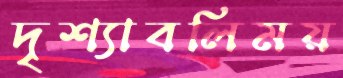
দৃশ্যাবলিময়